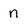
Character: n